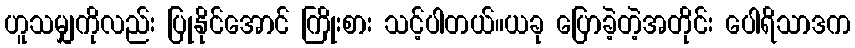
ဟူသမျှကိုလည်း ပြုနိုင်အောင် ကြိုးစား သင့်ပါတယ်။ယခု ပြောခဲ့တဲ့အတိုင်း ပေါရိသာဒက